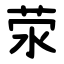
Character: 荥